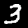
Label: 3